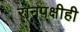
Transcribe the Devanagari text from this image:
रानपक्षीही